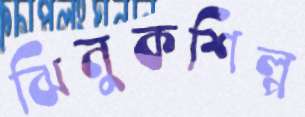
ঝিনুকশিল্প